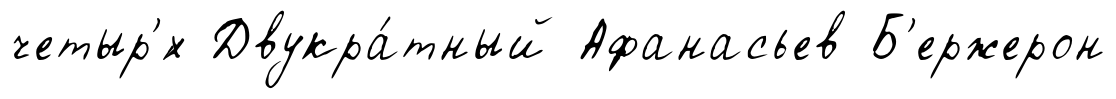
четыр'́х Двукра́тный Афанасьев Б'ержерон